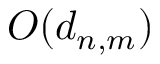
O ( d _ { n , m } )